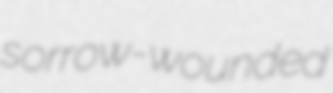
sorrow-wounded